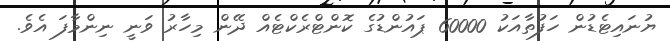
ޔުނައިޓެޑުން ހަފުތާއަކު 60000 ޕައުންޑުގެ ކޮންޓްރެކްޓެއް ދޭން މިހާރު ވަނީ ނިންމާފަ އެވެ.